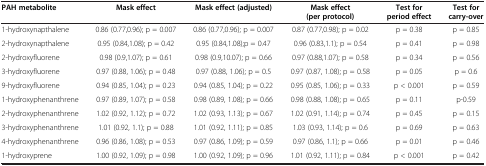
<table><thead><tr><td><b>PAH metabolite</b></td><td><b>Mask effect</b></td><td><b>Mask effect (adjusted)</b></td><td><b>Mask effect (per protocol)</b></td><td><b>Test for period effect</b></td><td><b>Test for carry-over</b></td></tr></thead><tbody><tr><td>1-hydroxynapthalene</td><td>0.86 (0.77,0.96); p = 0.007</td><td>0.86 (0.77,0.96); p = 0.007</td><td>0.87 (0.77,0.98); p = 0.02</td><td>p = 0.38</td><td>p = 0.85</td></tr><tr><td>2-hydroxynapthalene</td><td>0.95 (0.84,1.08); p = 0.42</td><td>0.95 (0.84,1.08);p = 0.47</td><td>0.96 (0.83,1.1); p = 0.54</td><td>p = 0.41</td><td>p = 0.98</td></tr><tr><td>2-hydroxyfluorene</td><td>0.98 (0.9,1.07); p = 0.61</td><td>0.98 (0.9,10.07); p = 0.66</td><td>0.97 (0.88,1.07); p = 0.58</td><td>p = 0.34</td><td>p = 0.56</td></tr><tr><td>3-hydroxyfluorene</td><td>0.97 (0.88, 1.06); p = 0.48</td><td>0.97 (0.88, 1.06); p = 0.5</td><td>0.97 (0.87, 1.08); p = 0.58</td><td>p = 0.05</td><td>p = 0.6</td></tr><tr><td>9-hydroxyfluorene</td><td>0.94 (0.85, 1.04); p = 0.23</td><td>0.94 (0.85, 1.04); p = 0.22</td><td>0.95 (0.85, 1.06); p = 0.33</td><td>p &lt; 0.001</td><td>p = 0.59</td></tr><tr><td>1-hydroxyphenanthrene</td><td>0.97 (0.89, 1.07); p = 0.58</td><td>0.98 (0.89, 1.08); p = 0.66</td><td>0.98 (0.88, 1.08); p = 0.65</td><td>p = 0.11</td><td>p-0.59</td></tr><tr><td>2-hydroxyphenanthrene</td><td>1.02 (0.92, 1.12); p = 0.72</td><td>1.02 (0.93, 1.13); p = 0.67</td><td>1.02 (0.91, 1.14); p = 0.74</td><td>p = 0.45</td><td>p = 0.15</td></tr><tr><td>3-hydroxyphenanthrene</td><td>1.01 (0.92, 1.1); p = 0.88</td><td>1.01 (0.92, 1.11); p = 0.85</td><td>1.03 (0.93, 1.14); p = 0.6</td><td>p = 0.69</td><td>p = 0.63</td></tr><tr><td>4-hydroxyphenanthrene</td><td>0.96 (0.86, 1.08); p = 0.53</td><td>0.97 (0.86, 1.09); p = 0.59</td><td>0.97 (0.86, 1.1); p = 0.66</td><td>p = 0.01</td><td>p = 0.46</td></tr><tr><td>1-hydroxyprene</td><td>1.00 (0.92, 1.09); p = 0.98</td><td>1.00 (0.92, 1.09); p = 0.96</td><td>1.01 (0.92, 1.11); p = 0.84</td><td>p &lt; 0.001</td><td>p = 0.42</td></tr></tbody></table>